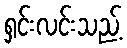
ရှင်းလင်းသည့်